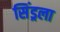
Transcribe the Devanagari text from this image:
सिंड्रला